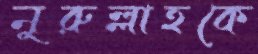
নুরুল্লাহকে